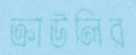
ক্রাউলির